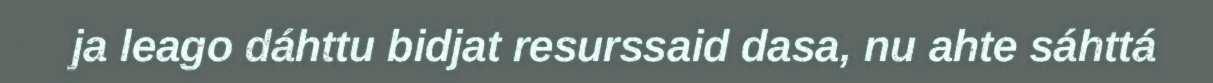
ja leago dáhttu bidjat resurssaid dasa, nu ahte sáhttá